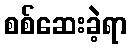
စစ်ဆေးခဲ့ရာ